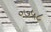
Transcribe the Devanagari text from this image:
०७५८